画像に写った文字を読んでください
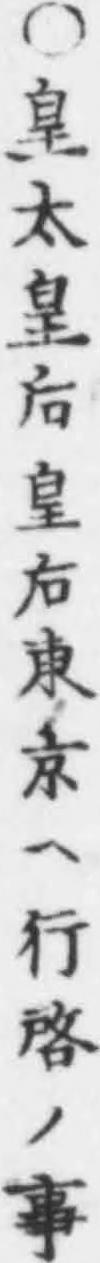
「○皇太皇后皇后東京ヘ行啓ノ事」と書いてあります